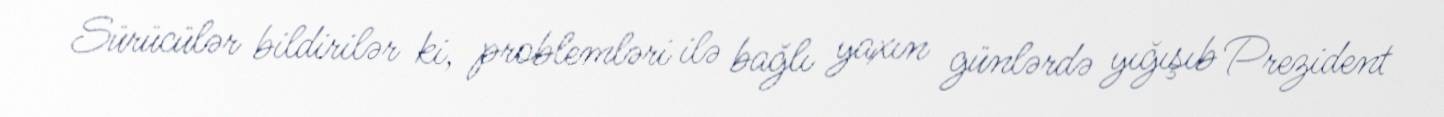
Sürücülər bildirilər ki, problemləri ilə bağlı yaxın günlərdə yığışıb Prezident